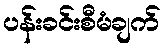
ပန်းခင်းစီမံချက်